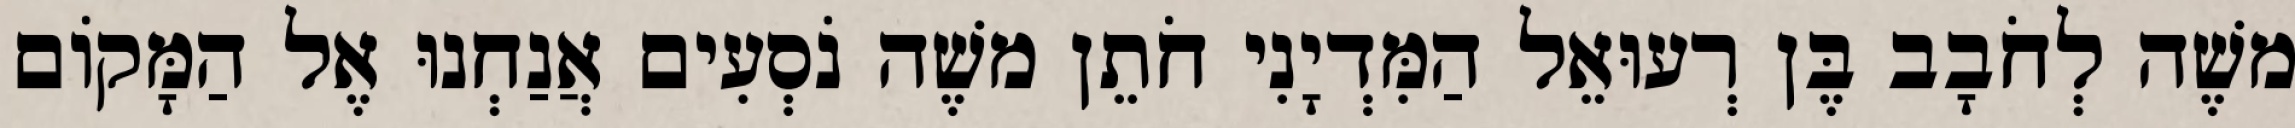
משֶׁה לְחֹבָב בֶּן רְעוּאֵל הַמִּדְיָנִי חֹתֵן משֶׁה נֹסְעִים אֲנַחְנוּ אֶל הַמָּקוֹם